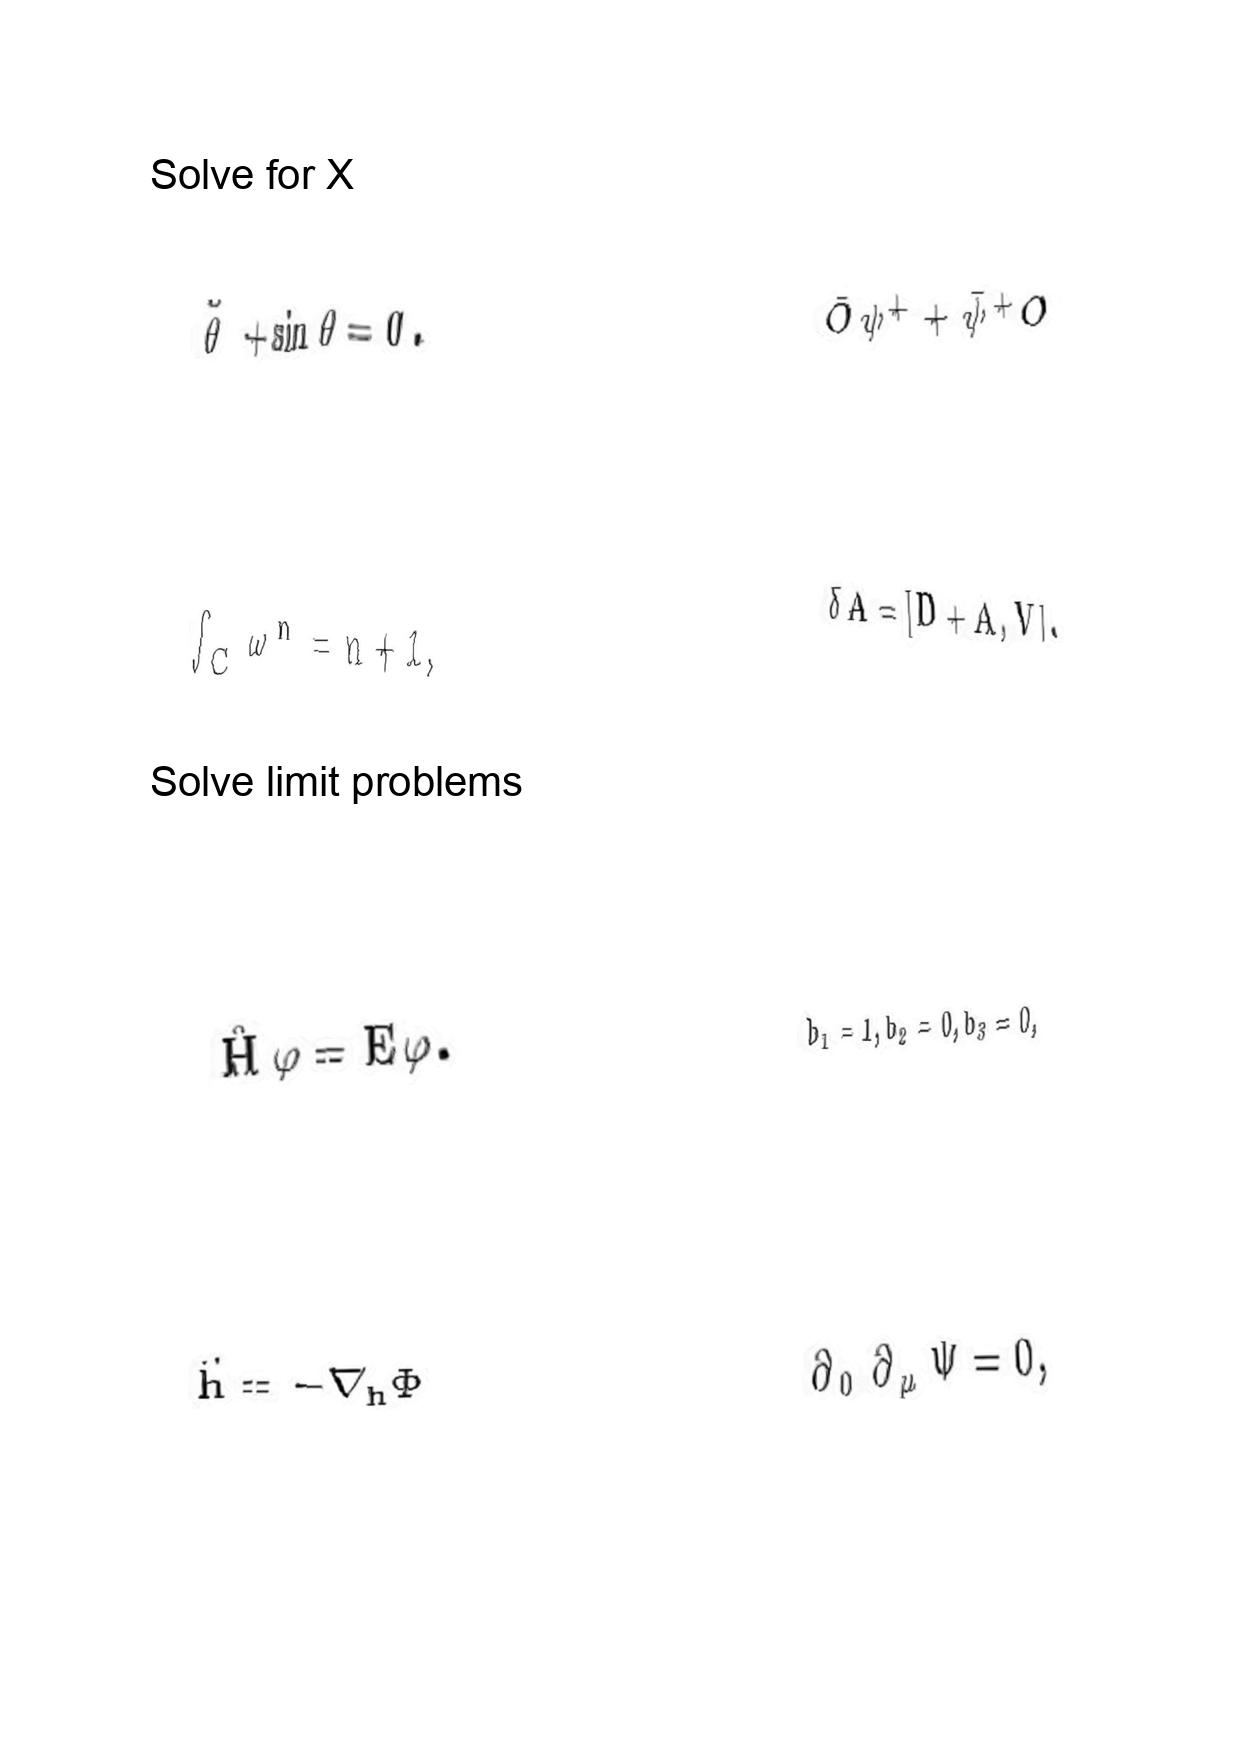
LaTeX transcription:
\ddot { \theta } + \sin \theta = 0 .
\int _ { C } \omega ^ { n } = n + 1 ,
\hat { H } \varphi = E \varphi .
\ddot { h } = - \nabla _ { h } \Phi
\bar { O } \psi ^ { + } + \bar { \psi } ^ { + } O
\delta A = \lbrack D + A , V \rbrack .
b _ { 1 } = 1 , b _ { 2 } = 0 , b _ { 3 } = 0 ,
\partial _ { 0 } \partial _ { \mu } \Psi = 0 ,